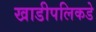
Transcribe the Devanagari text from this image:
खाडीपलिकडे